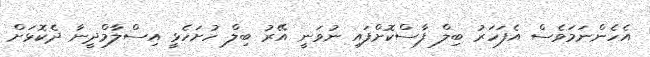
އެހެންނަމަވެސް އެފަހަރު ބިލް ފާސްކޮށްފައި ނުވަނީ އޭރު ބިލް ހުށަހެޅީ އިސްލާމްދީނާ ދެކޮޅަށް